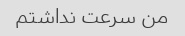
من سرعت نداشتم